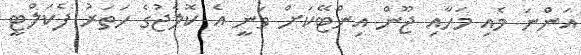
އަންނަ މެއި މަހާއި ޖޫން އިންޓޭކަށް ވަނީ އެ ކޮލެޖުގެ ހަތަރު ފެކަލްޓީ